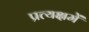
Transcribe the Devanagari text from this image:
प्रत्यक्षमें